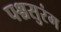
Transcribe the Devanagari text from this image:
पश्चसुरंग